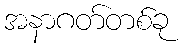
အနာဂတ်တစ်ခု